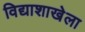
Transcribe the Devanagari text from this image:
विद्याशाखेला